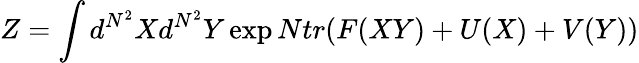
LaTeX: Z=\int d^{N^{2}}Xd^{N^{2}}Y\exp Ntr(F(XY)+U(X)+V(Y))